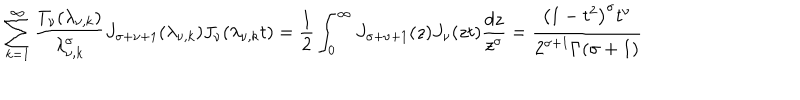
\sum _ { k = 1 } ^ { \infty } \frac { T _ { \nu } ( \lambda _ { \nu , k } ) } { \lambda _ { \nu , k } ^ { \sigma } } J _ { \sigma + \nu + 1 } ( \lambda _ { \nu , k } ) J _ { \nu } ( \lambda _ { \nu , k } t ) = \frac { 1 } { 2 } \int _ { 0 } ^ { \infty } { J _ { \sigma + \nu + 1 } ( z ) J _ { \nu } ( z t ) \frac { d z } { z ^ { \sigma } } } = \frac { \left( 1 - t ^ { 2 } \right) ^ { \sigma } t ^ { \nu } } { 2 ^ { \sigma + 1 } \Gamma ( \sigma + 1 ) }